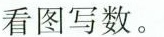
看图写数。